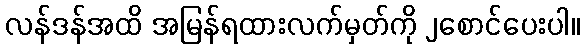
လန်ဒန်အထိ အမြန်ရထားလက်မှတ်ကို ၂စောင်ပေးပါ။